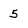
Character: 5